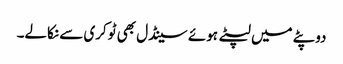
دوپٹے میں لپٹے ہوئے سینڈل بھی ٹوکری سے نکالے۔